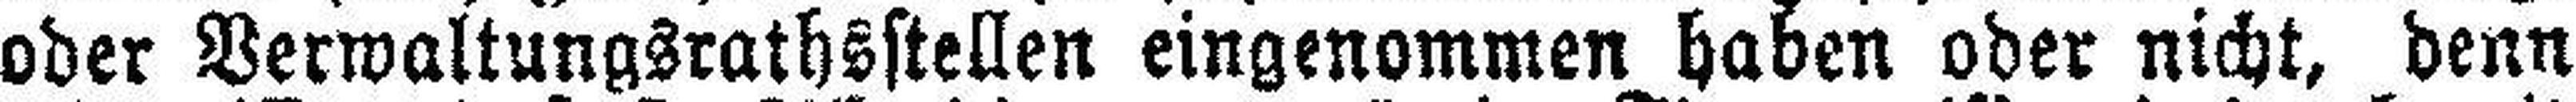
oder Verwaltungsrathsstellen eingenommen haben oder nicht, denn